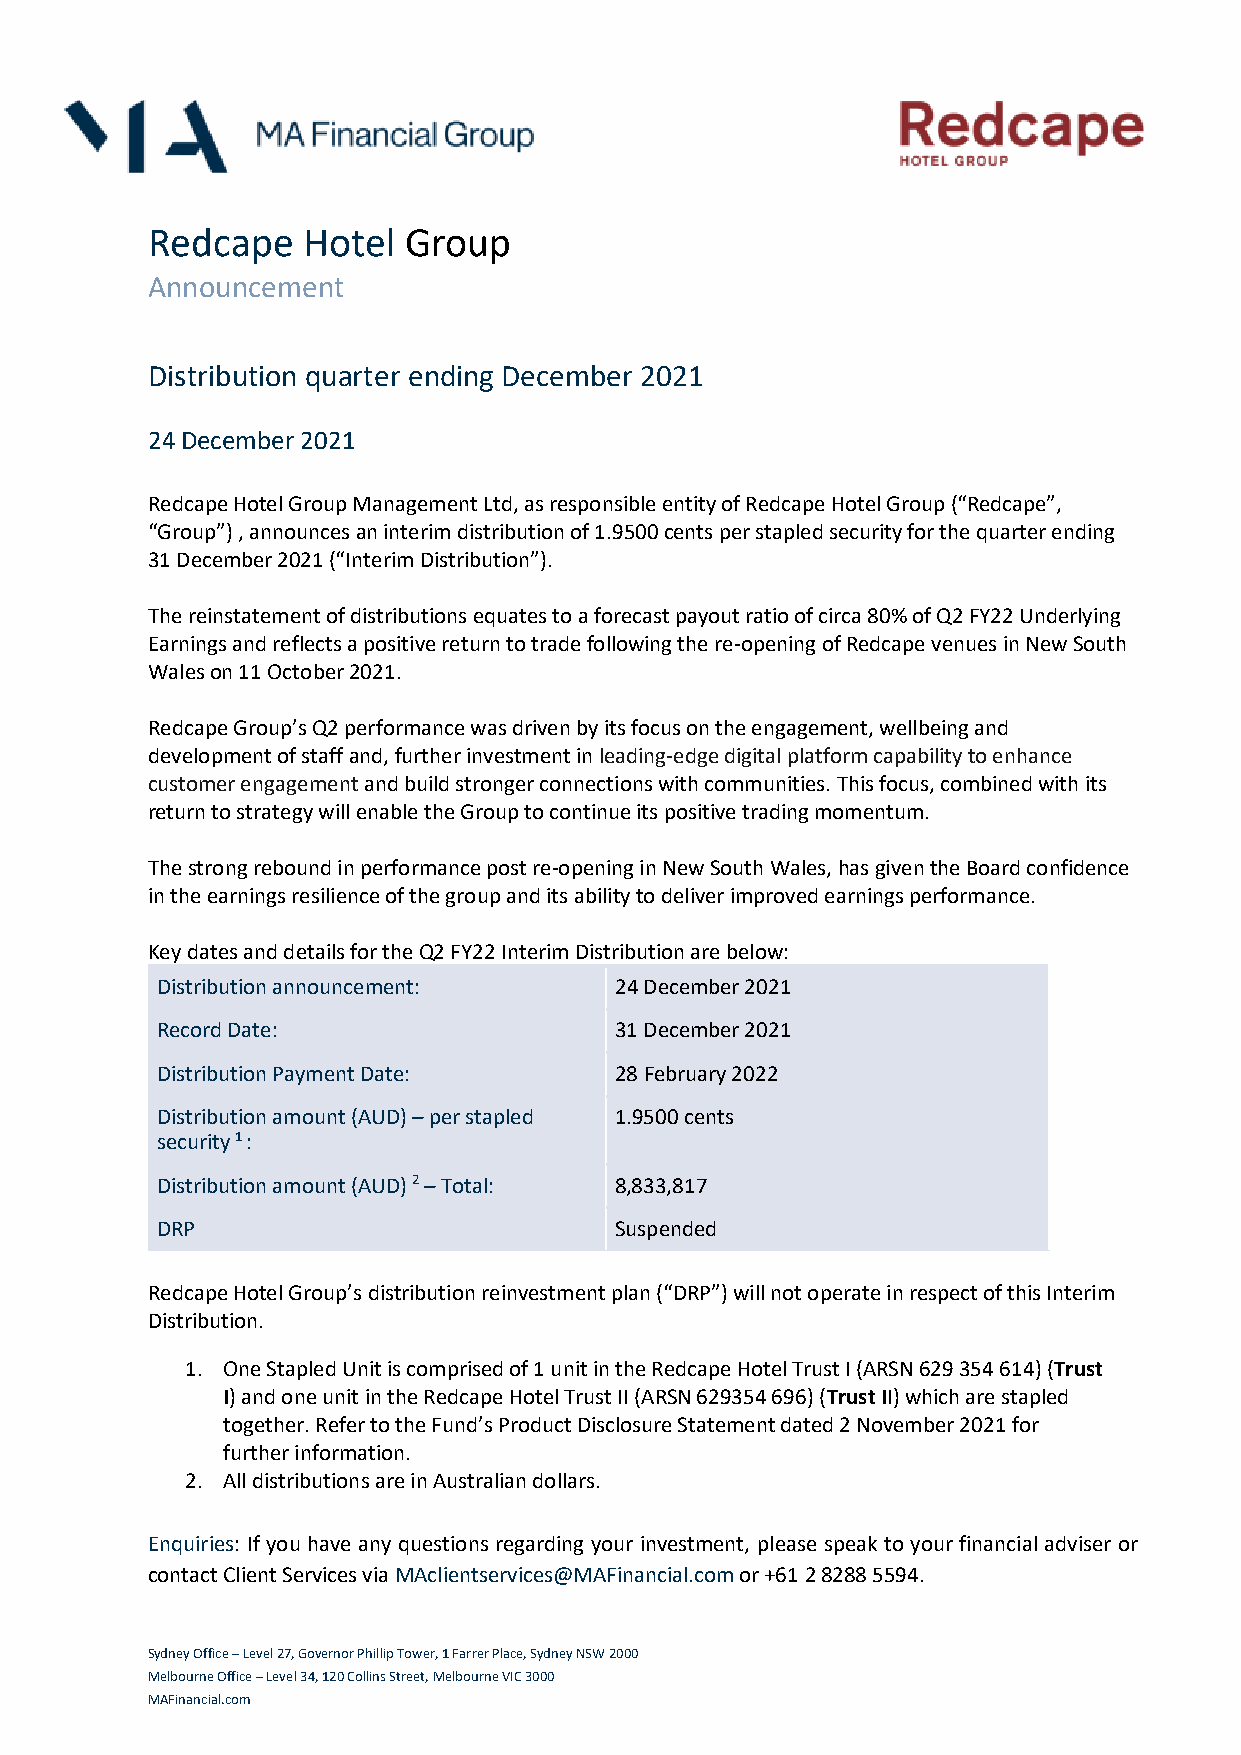
Redcape   Hotel  Group
 Announcement
 Distribution quarter ending December 2021
 24 December 2021
 Redcape Hotel Group Management Ltd, as responsible entity of Redcape Hotel Group (“Redcape”,
 “Group”) , announces an interim distribution of 1.9500 cents per stapled security for the quarter ending
 31 December 2021 (“Interim Distribution”).
 The reinstatement of distributions equates to a forecast payout ratio of circa 80% of Q2 FY22 Underlying
 Earnings and reflects a positive return to trade following the re-opening of Redcape venues in New South
 Wales on 11 October 2021.
 Redcape Group’s Q2 performance was driven by its focus on the engagement, wellbeing and
 development of staff and, further investment in leading-edge digital platform capability to enhance
 customer engagement and build stronger connections with communities. This focus, combined with its
 return to strategy will enable the Group to continue its positive trading momentum.
 The strong rebound in performance post re-opening in New South Wales, has given the Board confidence
 in the earnings resilience of the group and its ability to deliver improved earnings performance.
 Key dates and details for the Q2 FY22 Interim Distribution are below:
 Distribution announcement:     24 December 2021
 Record Date:                   31 December 2021
 Distribution Payment Date:     28 February 2022
 Distribution amount (AUD) – per stapled 1.9500 cents
 security 1 :
 Distribution amount (AUD) 2 – Total: 8,833,817
 DRP                            Suspended
 Redcape Hotel Group’s distribution reinvestment plan (“DRP”) will not operate in respect of this Interim
 Distribution.
 1. One Stapled Unit is comprised of 1 unit in the Redcape Hotel Trust I (ARSN 629 354 614) (Trust
 I) and one unit in the Redcape Hotel Trust II (ARSN 629354 696) (Trust II) which are stapled
 together. Refer to the Fund’s Product Disclosure Statement dated 2 November 2021 for
 further information.
 2. All distributions are in Australian dollars.
 Enquiries: If you have any questions regarding your investment, please speak to your financial adviser or
 contact Client Services via MAclientservices@MAFinancial.com or +61 2 8288 5594.
 Sydney Office – Level 27, Governor Phillip Tower, 1 Farrer Place, Sydney NSW 2000
 Melbourne Office – Level 34, 120 Collins Street, Melbourne VIC 3000
 MAFinancial.com